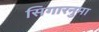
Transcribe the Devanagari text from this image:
सिगारनुमा